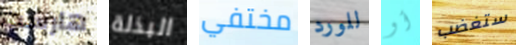
هارست البذلة مختفي للورد أو ستغضب